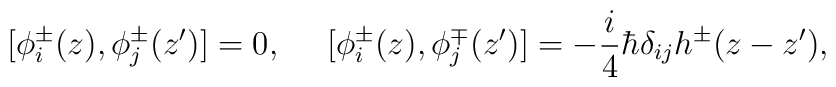
[\phi_i^\pm(z),\phi_j^\pm(z')]=0,~~~~[\phi_i^\pm(z),\phi_j^\mp(z')]=-\frac{i}{4}\hbar\delta_{ij}h^\pm(z-z'),